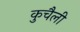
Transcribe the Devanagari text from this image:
कुचैली